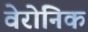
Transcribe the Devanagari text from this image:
वेरोनिक